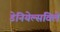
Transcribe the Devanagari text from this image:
डेनियेल्सविले